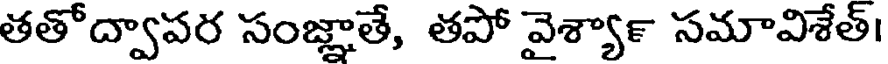
తతోద్వాపర సంజ్ఞాతే, తపో వైశ్యా౯ సమావిశేత్।